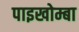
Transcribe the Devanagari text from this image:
पाइखोम्बा